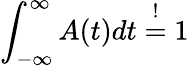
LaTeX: \int_{-\infty}^{\infty}A(t)dt\overset{!}{=}1